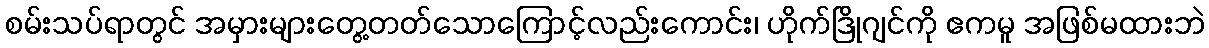
စမ်းသပ်ရာတွင် အမှားများတွေ့တတ်သောကြောင့်လည်းကောင်း၊ ဟိုက်ဒြိုဂျင်ကို ဧကမူ အဖြစ်မထားဘဲ